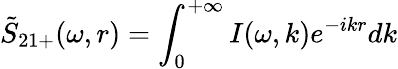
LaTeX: \tilde{S}_{21+}(\omega,r)=\int_{0}^{+\infty}I(\omega,k)e^{-ikr}dk